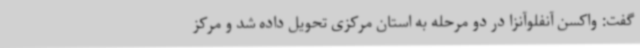
گفت: واکسن آنفلوآنزا در دو مرحله به استان مرکزی تحویل داده شد و مرکز